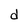
Character: d